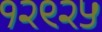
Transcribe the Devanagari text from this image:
१२९२५